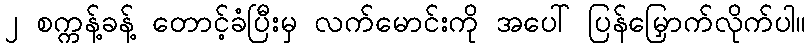
၂ စက္ကန့်ခန့် တောင့်ခံပြီးမှ လက်မောင်းကို အပေါ် ပြန်မြှောက်လိုက်ပါ။